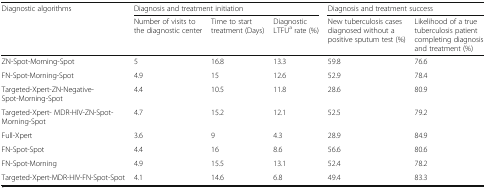
<table><thead><tr><td rowspan="2"><b>Diagnostic algorithms</b></td><td colspan="3"><b>Diagnosis and treatment initiation</b></td><td colspan="2"><b>Diagnosis and treatment success</b></td></tr><tr><td><b>Number of visits to the diagnostic center</b></td><td><b>Time to start treatment (Days)</b></td><td><b>Diagnostic LTFU<sup>a</sup> rate (%)</b></td><td><b>New tuberculosis cases diagnosed without a positive sputum test (%)</b></td><td><b>Likelihood of a true tuberculosis patient completing diagnosis and treatment (%)</b></td></tr></thead><tbody><tr><td>ZN-Spot-Morning-Spot</td><td>5</td><td>16.8</td><td>13.3</td><td>59.8</td><td>76.6</td></tr><tr><td>FN-Spot-Morning-Spot</td><td>4.9</td><td>15</td><td>12.6</td><td>52.9</td><td>78.4</td></tr><tr><td>Targeted-Xpert-ZN-Negative-Spot-Morning-Spot</td><td>4.4</td><td>10.5</td><td>11.8</td><td>28.6</td><td>80.9</td></tr><tr><td>Targeted-Xpert- MDR-HIV-ZN-Spot-Morning-Spot</td><td>4.7</td><td>15.2</td><td>12.1</td><td>52.5</td><td>79.2</td></tr><tr><td>Full-Xpert</td><td>3.6</td><td>9</td><td>4.3</td><td>28.9</td><td>84.9</td></tr><tr><td>FN-Spot-Spot</td><td>4.4</td><td>16</td><td>8.6</td><td>56.6</td><td>80.6</td></tr><tr><td>FN-Spot-Morning</td><td>4.9</td><td>15.5</td><td>13.1</td><td>52.4</td><td>78.2</td></tr><tr><td>Targeted-Xpert-MDR-HIV-FN-Spot-Spot</td><td>4.1</td><td>14.6</td><td>6.8</td><td>49.4</td><td>83.3</td></tr></tbody></table>